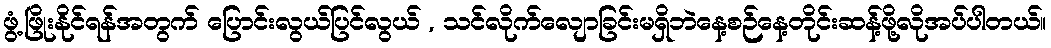
ဖွံ့ဖြိုးနိုင်ရန်အတွက် ပြောင်းလွယ်ပြင်လွယ် , သင်လိုက်လျောခြင်းမရှိဘဲနေ့စဉ်နေ့တိုင်းဆန့်ဖို့လိုအပ်ပါတယ်။